Annual report on the working of the mental hospitals in the Madras Presidency - 1912-1932
Year: 1912
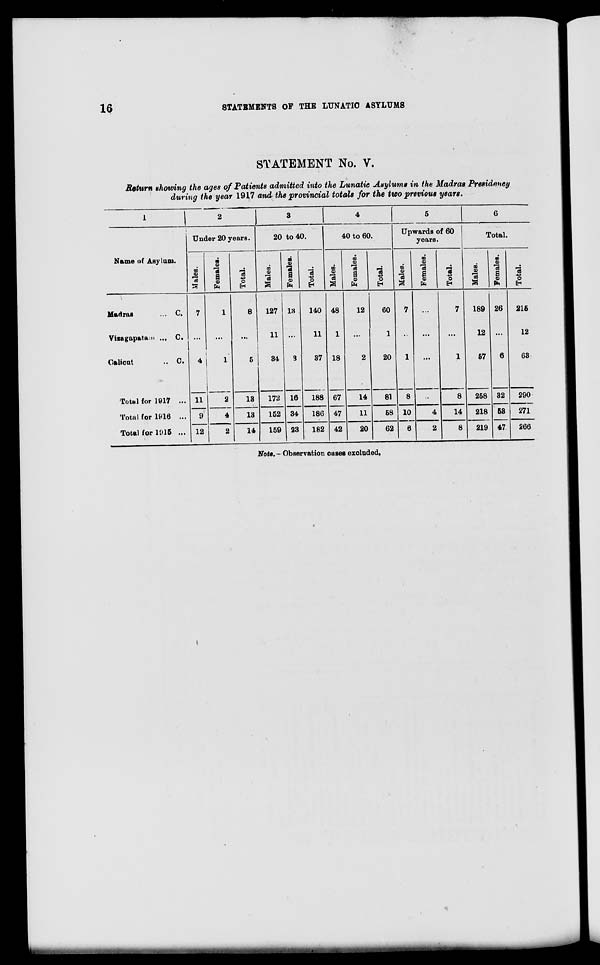
16
STATEMENTS OF THE LUNATIC ASYLUMS
STATEMENT No. V.
Return showing the ages of Patients admitted into the Lunatic Asylums in the Madras Presidency
during the year 1917 and the provincial totals for the two previous years.
1
Name of Asylum.
Madras
... C.
Vizagapatm ... C.
Calicut
...
C.
Total for 1917 ...
Total for 1916 ...
Total for 1915 ...
2
Under 20 years.
Males.
7
...
4
11
9
12
Females.
1
...
1
2
4
2
Total.
8
...
5
13
13
14
3
20 to 40.
Males.
127
11
34
172
152
159
Females.
13
...
3
16
34
23
Total.
140
11
37
188
186
182
4
40 to 60.
Males.
48
1
18
67
47
42
Females.
12
...
2
14
11
20
Total.
60
1
20
81
58
62
5
Upwards of 60
years.
Males.
7
...
1
8
10
6
Females.
. . .
...
...
...
4
2
Total.
7
...
1
8
14
8
6
Total.
Males.
189
12
57
258
218
219
Females.
26
...
6
32
53
47
Total.
215
12
63
290
271
266
Note. —Observation cases excluded.